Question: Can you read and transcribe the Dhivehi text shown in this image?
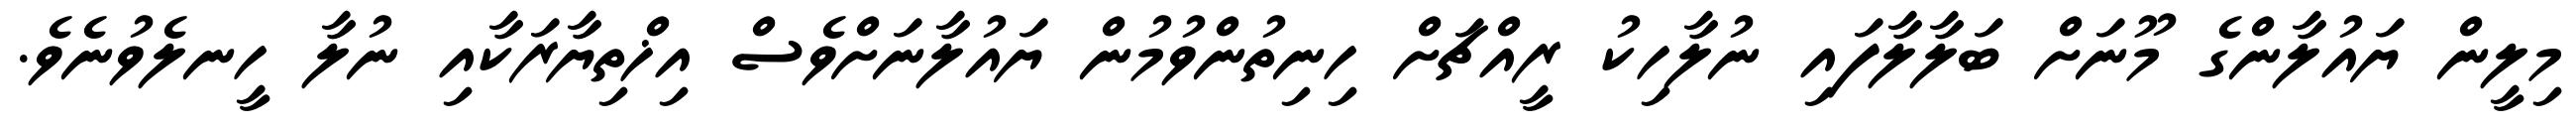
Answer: މިލީން ޔައުލާންގެ މޫނަށް ބަލާލާފައި ނުލާހިކު ރީއްޗަށް ހިނިތުންވުމުން ޔައުލާނަށްވެސް އިޚްތިޔާރަކާއި ނުލާ ހީނލެވުނެވެ.